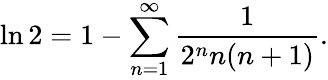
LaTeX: \ln 2=1-\sum_{n=1}^{\infty}{\frac{1}{2^{n}n(n+1)}}.